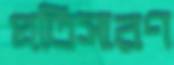
প্রতিসারণ